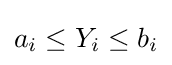
a_{i}\leq Y_{i}\leq b_{i}